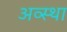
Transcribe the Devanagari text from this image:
अव्स्था